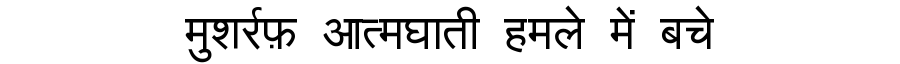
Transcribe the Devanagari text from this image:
मुशर्रफ़ आत्मघाती हमले में बचे